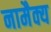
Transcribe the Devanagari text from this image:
नामैक्य